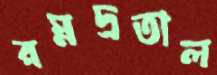
রম্নদ্রতাল